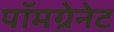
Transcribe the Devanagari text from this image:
पॉमग्रेनेट